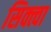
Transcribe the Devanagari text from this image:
सिक्त्वा